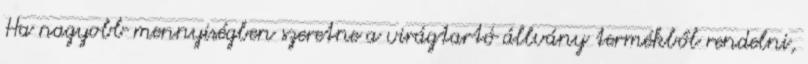
Ha nagyobb mennyiségben szeretne a virágtartó állvány termékből rendelni,